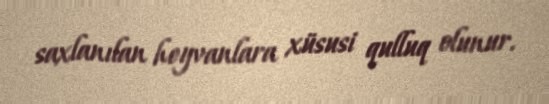
saxlanılan heyvanlara xüsusi qulluq olunur.